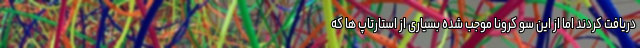
دریافت کردند اما از این سو کرونا موجب شده بسیاری از استارتاپ ها که